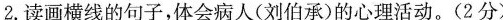
2.读画横线的句子，体会病人(刘伯承)的心理活动。(2分)